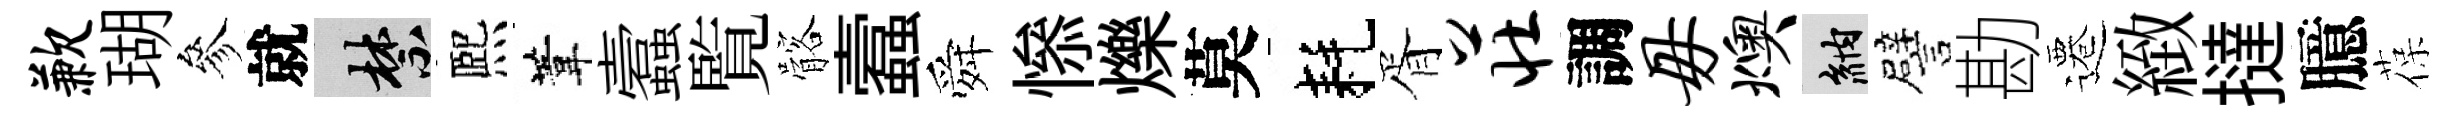
歉瑚參就禁熈葦蠧覧髂蠧舜𢡖爍莫耗胥庄調毋燠納譬勘遷緻撻臆葆